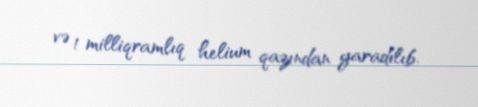
və 1 milliqramlıq helium qazından yaradılıb.